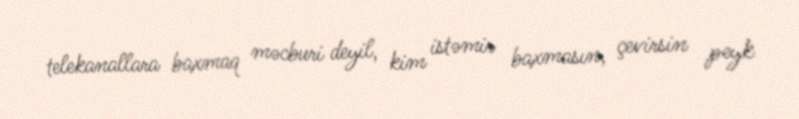
telekanallara baxmaq məcburi deyil, kim istəmir baxmasın, çevirsin peyk